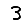
Digit: 3